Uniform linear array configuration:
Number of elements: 12
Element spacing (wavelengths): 0.25
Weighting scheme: exponential
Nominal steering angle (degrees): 30
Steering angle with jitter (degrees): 30.642
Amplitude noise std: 0.05
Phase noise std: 0.05

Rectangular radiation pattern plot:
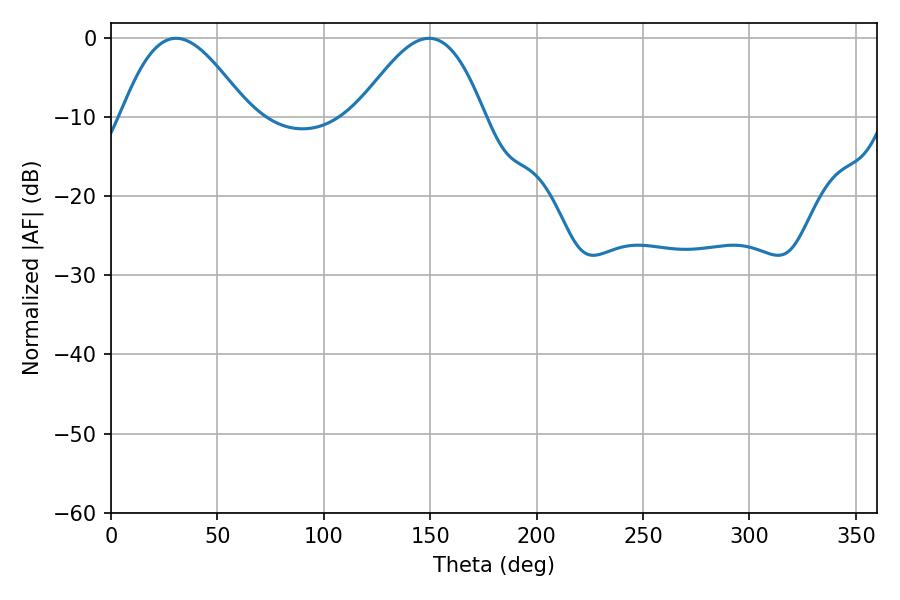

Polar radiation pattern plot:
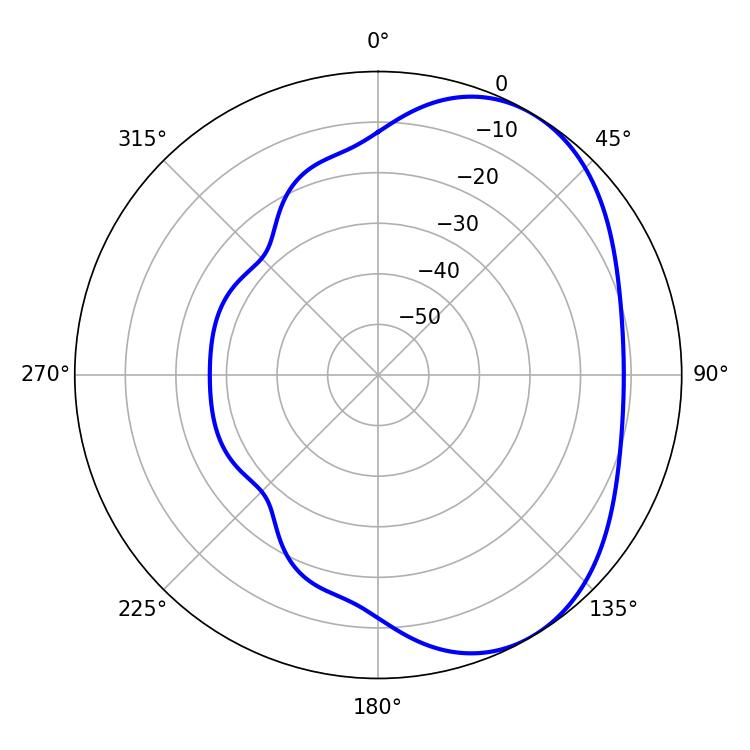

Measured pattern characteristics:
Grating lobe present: FALSE
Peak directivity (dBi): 4.523
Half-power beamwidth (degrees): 32.22
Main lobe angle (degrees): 30.6